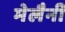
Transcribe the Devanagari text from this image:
मेलैनी